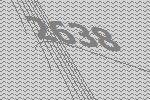
2638